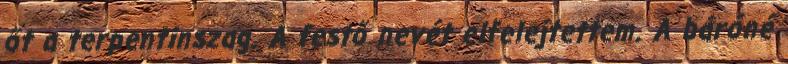
őt a terpentinszag. A festő nevét elfelejtettem. A báróné